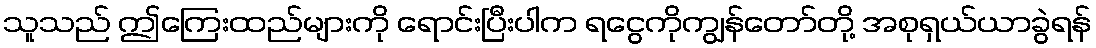
သူသည် ဤကြေးထည်များကို ရောင်းပြီးပါက ရငွေကိုကျွန်တော်တို့ အစုရှယ်ယာခွဲရန်